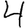
Digit: 4